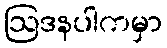
ဩဒနပါကမှာ